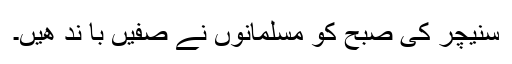
سنیچر کی صبح کو مسلمانوں نے صفیں با ند ھیں۔